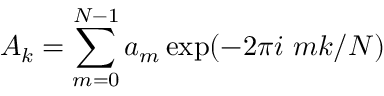
A _ { k } = \sum _ { m = 0 } ^ { N - 1 } a _ { m } \exp ( - 2 \pi i \ m k / N )